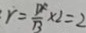
r = \frac { D F } { B } \times 2 = 2